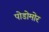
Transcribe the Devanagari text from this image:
पोडोमोर